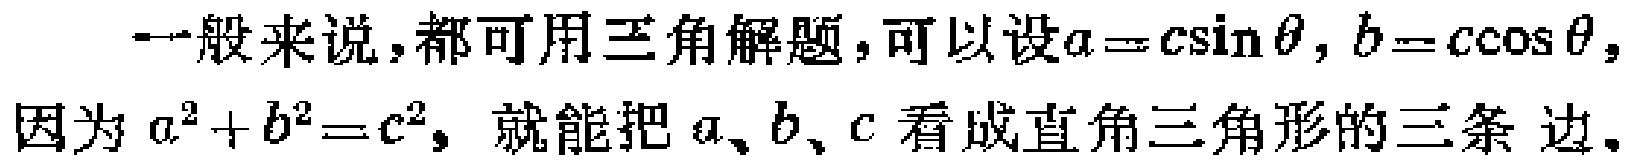
一般来说,都可用三角解题,可以设\(a = c\sin\theta,b = c\cos\theta,\)因为\(a^{2}+b^{2}=c^{2}\), 就能把 \(a、b、c\) 看成直角三角形的三条边.